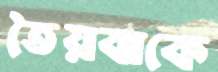
তৈয়বাকে